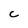
Character: C